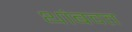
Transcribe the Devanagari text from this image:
थांबवत